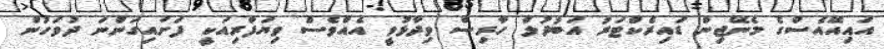
އައިއޭއެސްގެ މެނޭޖިން ޑައިރެކްޓަރު އަބުދުލް ހާރިސް ވިދާޅުވީ އެއްވެސް ވިޔަފާރިއަކީ ފަށައިގަންނަ ދުވަހުން